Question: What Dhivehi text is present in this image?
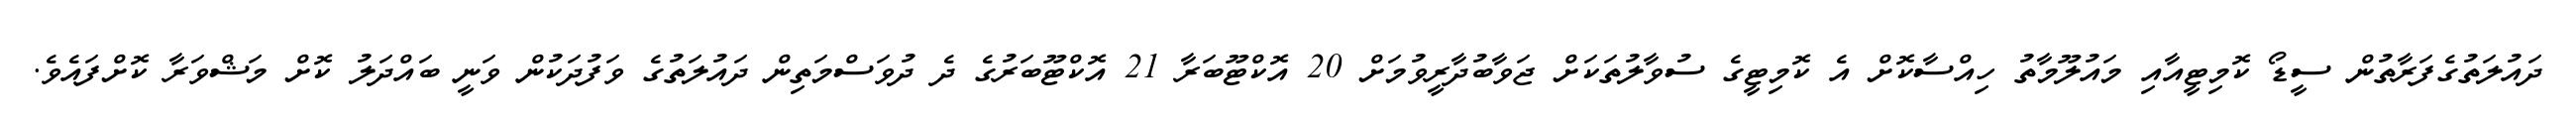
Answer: ދައުލަތުގެފަރާތުން ސީޑޯ ކޮމިޓީއާއި މައުލޫމާތު ހިއްސާކޮށް އެ ކޮމިޓީގެ ސުވާލުތަކަށް ޖަވާބުދާރީވުމަށް 20 އޮކްޓޫބަރާ 21 އޮކްޓޫބަރުގެ ދެ ދުވަސްމަތިން ދައުލަތުގެ ވަފުދަކުން ވަނީ ބައްދަލު ކޮށް މަޝްވަރާ ކޮށްފައެވެ.